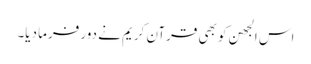
اس الجھن کو بھی قرآن کریم نے دور فرما دیا۔